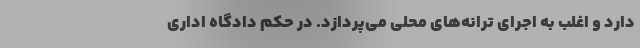
دارد و اغلب به اجرای ترانه‌های محلی می‌پردازد. در حکم دادگاه اداری